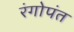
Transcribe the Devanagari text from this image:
रंगोपंत